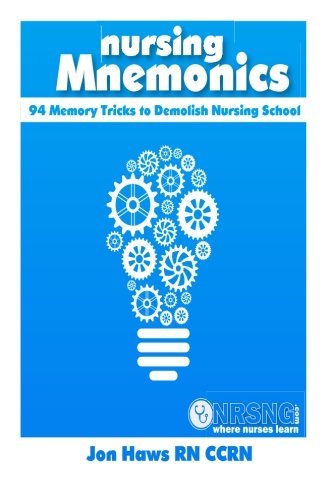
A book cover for Nursing Mnemonics: 94 Memory Tricks to Demolish Nursing School; Jon Haws; Medical Books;